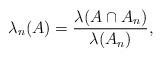
LaTeX: \begin{align*}\lambda_n(A)=\frac{\lambda(A\cap A_n)}{\lambda(A_n)},\end{align*}